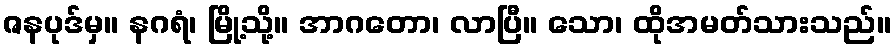
ဇနပုဒ်မှ။ နဂရံ၊ မြို့သို့။ အာဂတော၊ လာပြီ။ သော၊ ထိုအမတ်သားသည်။